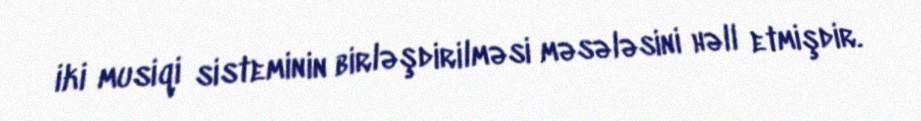
iki musiqi sisteminin birləşdirilməsi məsələsini həll etmişdir.